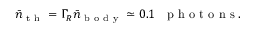
\bar { n } _ { \mathrm { ~ t ~ h ~ } } = \Gamma _ { R } \bar { n } _ { \mathrm { ~ b ~ o ~ d ~ y ~ } } \simeq 0 . 1 \mathrm { ~ ~ ~ p ~ h ~ o ~ t ~ o ~ n ~ s ~ . ~ }